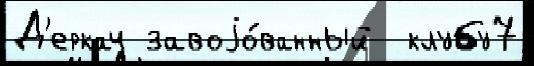
Д'еркач завоjо́ванный  клубу7